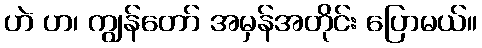
ဟဲ ဟ၊ ကျွန်တော် အမှန်အတိုင်း ပြောမယ်။